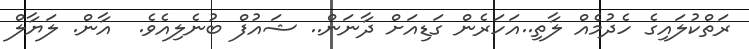
ރަތްކުލައިގެ ހެދުމެއް ލާތި..އަހަރެން ގަޑިއަށް ދާނަން.. ޝައުފް ބުނެލިއެވެ.  އާން. ލަޔާލް